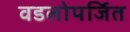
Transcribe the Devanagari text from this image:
वडलोपर्जित